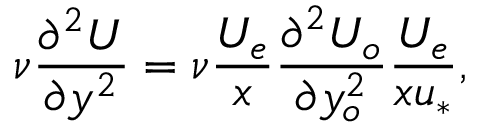
\nu \frac { \partial ^ { 2 } U } { \partial y ^ { 2 } } = \nu \frac { U _ { e } } { x } \frac { \partial ^ { 2 } U _ { o } } { \partial y _ { o } ^ { 2 } } \frac { U _ { e } } { x u _ { * } } ,